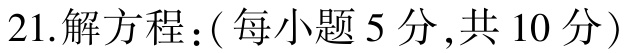
21.解方程：(每小题5分,共10分)